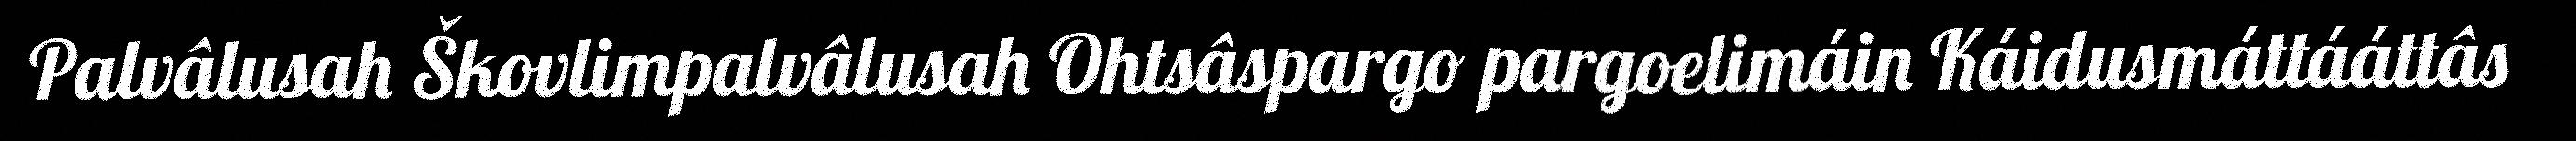
Palvâlusah Škovlimpalvâlusah Ohtsâspargo pargoelimáin Káidusmáttááttâs